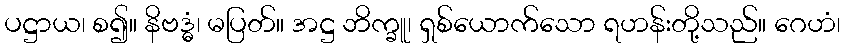
ပဋ္ဌာယ၊ စ၍။ နိဗဒ္ဓံ၊ မပြတ်။ အဋ္ဌ ဘိက္ခူ၊ ရှစ်ယောက်သော ရဟန်းတို့သည်။ ဂေဟံ၊